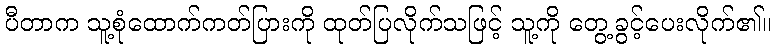
ပီတာက သူ့စုံထောက်ကတ်ပြားကို ထုတ်ပြလိုက်သဖြင့် သူ့ကို တွေ့ခွင့်ပေးလိုက်၏။